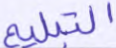
التبليغ